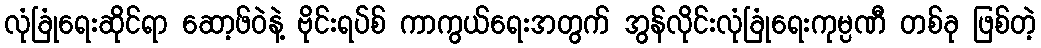
လုံခြုံရေးဆိုင်ရာ ဆော့ဖ်ဝဲနဲ့ ဗိုင်းရပ်စ် ကာကွယ်ရေးအတွက် အွန်လိုင်းလုံခြုံရေးကုမ္ပဏီ တစ်ခု ဖြစ်တဲ့